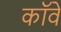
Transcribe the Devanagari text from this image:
कॉवे